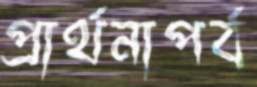
প্রার্থনাপর্ব